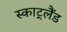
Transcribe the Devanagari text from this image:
स्काट्लैंड